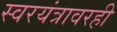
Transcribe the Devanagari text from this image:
स्वरयंत्रावरही